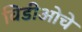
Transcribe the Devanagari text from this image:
विडीओचे